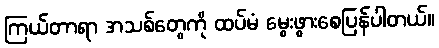
ကြယ်တာရာ အသစ်တွေကို ထပ်မံ မွေးဖွားစေပြန်ပါတယ်။